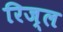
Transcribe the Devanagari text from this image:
रिज्ल